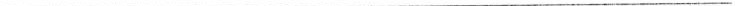
___